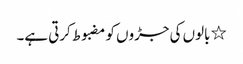
٭ بالوں کی جڑوں کو مضبوط کرتی ہے۔